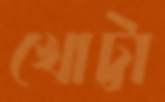
খোট্টা